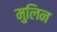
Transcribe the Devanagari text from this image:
मुलिन